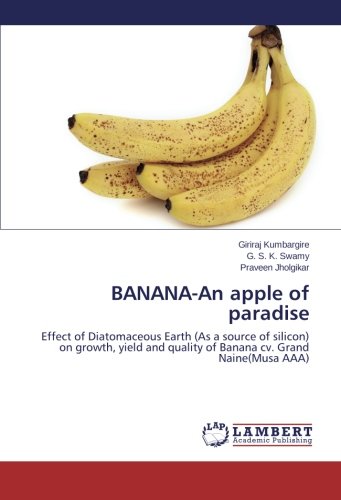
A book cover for BANANA-An apple of paradise: Effect of Diatomaceous Earth (As a source of silicon) on growth, yield and quality of Banana cv. Grand Naine(Musa AAA); Giriraj Kumbargire; Science & Math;